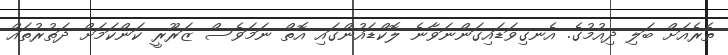
ތެރެއަށް ބަލި ދިއުމުގެ. އެނގިވަޑައިގަންނަވާނެ ލޮކްޑައުންގައި އޮތް ނަމަވެސް ޒަރޫރީ ކަންކަމަށް ދަތުރުތައް